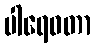
ပါရေဝတာ